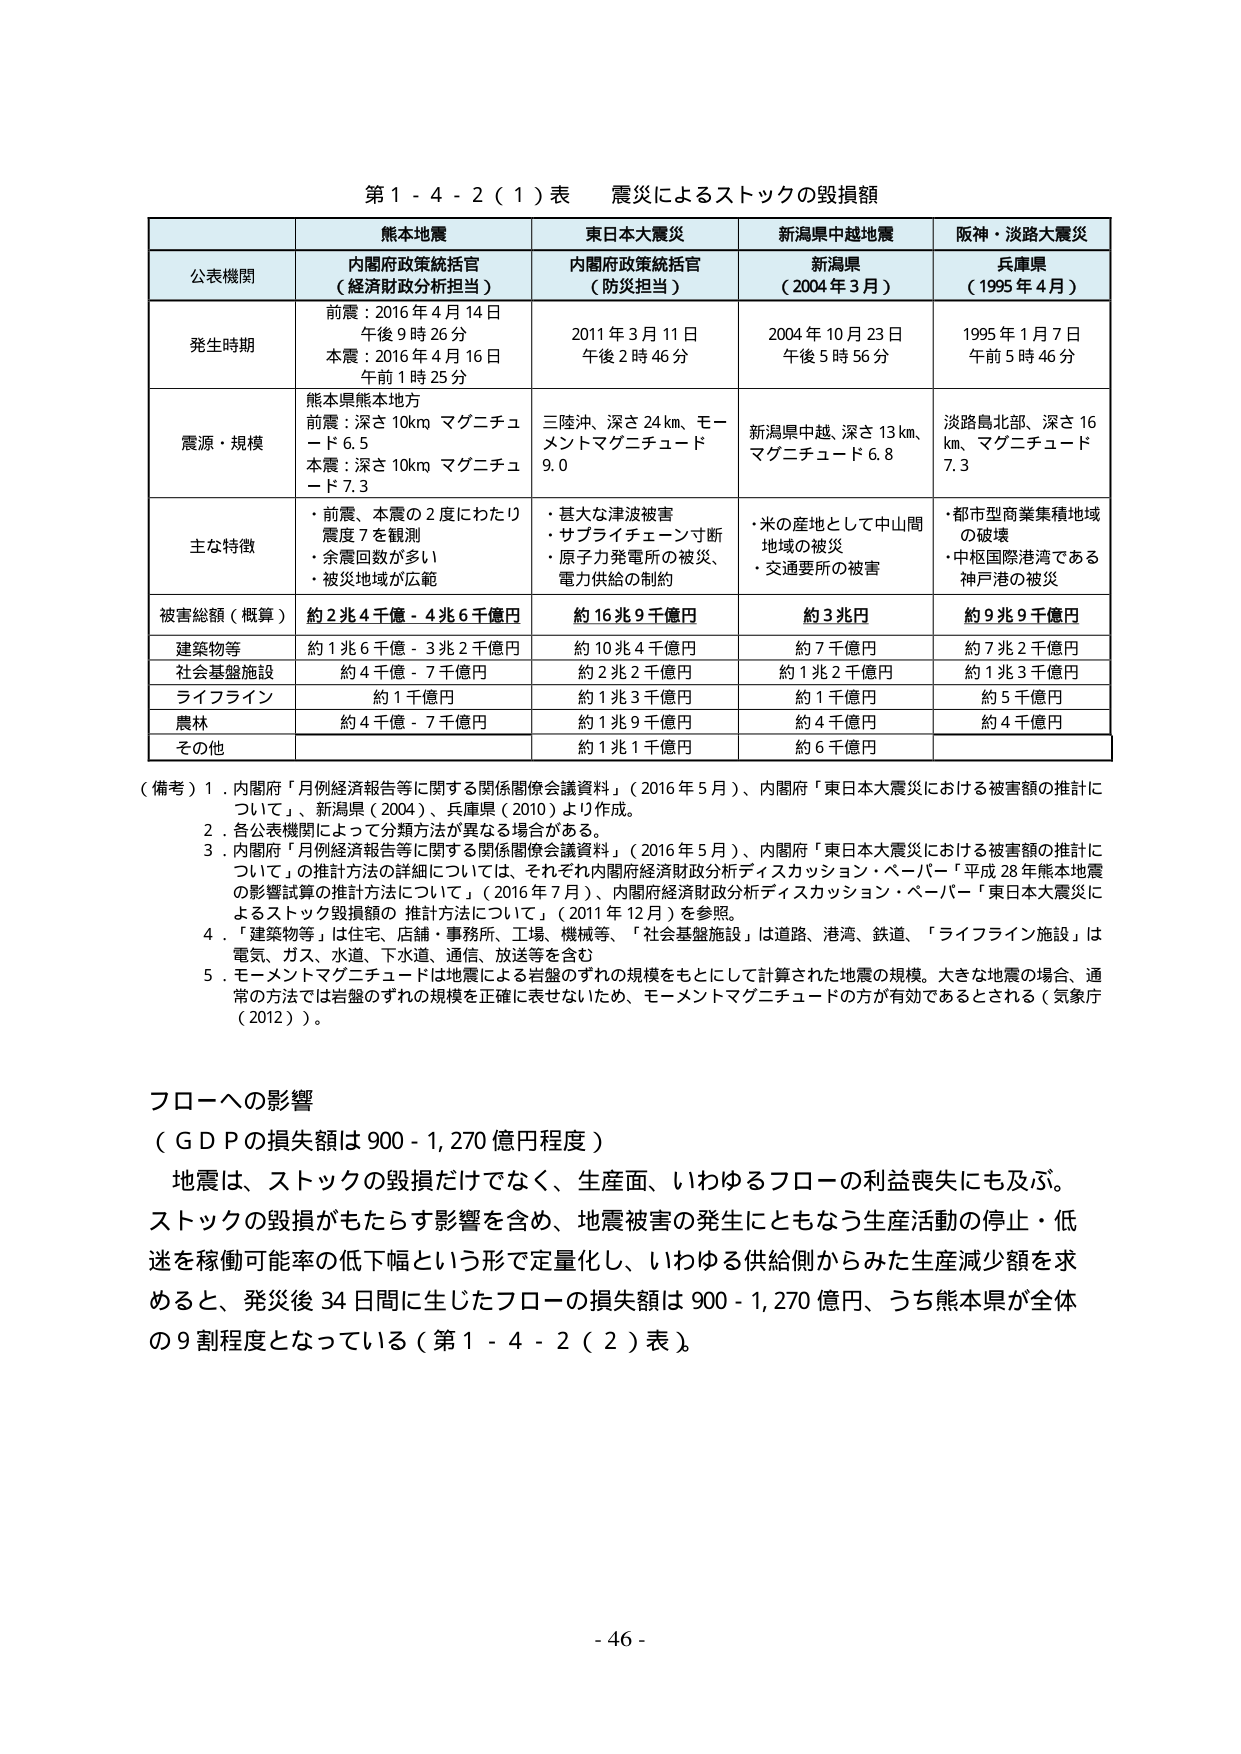
第１－４－２（１）表 震災によるストックの毀損額

| | 熊本地震 | 東日本大震災 | 新潟県中越地震 | 阪神・淡路大震災 |
|---|---|---|---|---|
| 公表機関 | 内閣府政策統括官（経済財政分析担当） | 内閣府政策統括官（防災担当） | 新潟県（2004年3月） | 兵庫県（1995年4月） |
| 発生時期 | 前震：2016年4月14日午後9時26分<br>本震：2016年4月16日午前1時25分 | 2011年3月11日午後2時46分 | 2004年10月23日午後5時56分 | 1995年1月7日午前5時46分 |
| 震源・規模 | 熊本県熊本地方<br>前震：深さ10km マグニチュード6.5<br>本震：深さ10km マグニチュード7.3 | 三陸沖、深さ24km、モーメントマグニチュード9.0 | 新潟県中越、深さ13km、マグニチュード6.8 | 淡路島北部、深さ16km、マグニチュード7.3 |
| 主な特徴 | ・前震、本震の2度にわたり震度7を観測<br>・余震回数が多い<br>・被災地域が広範 | ・甚大な津波被害<br>・サプライチェーン寸断<br>・原子力発電所の被災、電力供給の制約 | ・米の産地として中山間地域の被災<br>・交通要所の被害 | ・都市型商業集積地域の破壊<br>・中枢国際港湾である神戸港の被災 |
| 被害総額（概算） | 約2兆4千億－4兆6千億円 | 約16兆9千億円 | 約3兆円 | 約9兆9千億円 |
| 建築物等 | 約1兆6千億－3兆2千億円 | 約10兆4千億円 | 約7千億円 | 約7兆2千億円 |
| 社会基盤施設 | 約4千億－7千億円 | 約2兆2千億円 | 約1兆2千億円 | 約1兆3千億円 |
| ライフライン | 約1千億円 | 約1兆3千億円 | 約1千億円 | 約5千億円 |
| 農林 | 約4千億－7千億円 | 約1兆9千億円 | 約4千億円 | 約4千億円 |
| その他 | | 約1兆1千億円 | 約6千億円 | |

（備考）1．内閣府「月例経済報告等に関する関係閣僚会議資料」（2016年5月）、内閣府「東日本大震災における被害額の推計について」、新潟県（2004）、兵庫県（2010）より作成。<br>2．各公表機関によって分類方法が異なる場合がある。<br>3．内閣府「月例経済報告等に関する関係閣僚会議資料」（2016年5月）、内閣府「東日本大震災における被害額の推計について」の推計方法の詳細については、それぞれ内閣府経済財政分析ディスカッション・ペーパー「平成28年熊本地震の影響試算の推計方法について」（2016年7月）、内閣府経済財政分析ディスカッション・ペーパー「東日本大震災によるストック毀損額の推計方法について」（2011年12月）を参照。<br>4．「建築物等」は住宅、店舗・事務所、工場、機械等、「社会基盤施設」は道路、港湾、鉄道、「ライフライン施設」は電気、ガス、水道、下水道、通信、放送等を含む<br>5．モーメントマグニチュードは地震による岩盤のずれの規模をもとにして計算された地震の規模。大きな地震の場合、通常の方法では岩盤のずれの規模を正確に表せないため、モーメントマグニチュードの方が有効であるとされる（気象庁（2012））。

フローへの影響<br>（ＧＤＰの損失額は900－1,270億円程度）<br>地震は、ストックの毀損だけでなく、生産面、いわゆるフローの利益喪失にも及ぶ。ストックの毀損がもたらす影響を含め、地震被害の発生にともなう生産活動の停止・低迷を稼働可能率の低下幅という形で定量化し、いわゆる供給側からみた生産減少額を求めると、発災後34日間に生じたフローの損失額は900－1,270億円、うち熊本県が全体の9割程度となっている（第１－４－２（２）表）。

- 46 -